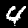
Label: 4